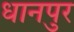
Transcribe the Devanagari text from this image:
धानपुर